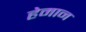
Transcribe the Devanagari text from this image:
हेमान